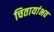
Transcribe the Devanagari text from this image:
चितायांभव